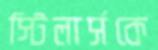
স্টিলার্সকে